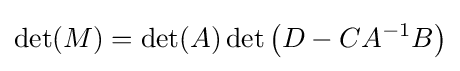
\det(M)=\det(A)\det \left(D-CA^{-1}B\right)